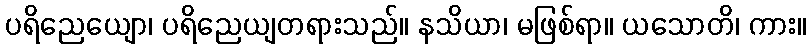
ပရိညေယျော၊ ပရိညေယျတရားသည်။ နသိယာ၊ မဖြစ်ရာ။ ယသောတိ၊ ကား။